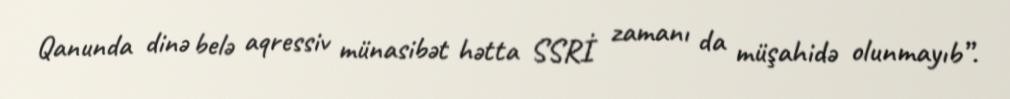
Qanunda dinə belə aqressiv münasibət hətta SSRİ zamanı da müşahidə olunmayıb”.